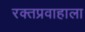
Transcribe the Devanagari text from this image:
रक्तप्रवाहाला